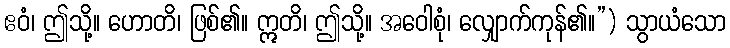
ဧဝံ၊ ဤသို့။ ဟောတိ၊ ဖြစ်၏။ ဣတိ၊ ဤသို့။ အဝေါစုံ၊ လျှောက်ကုန်၏။”) သွာယံသော